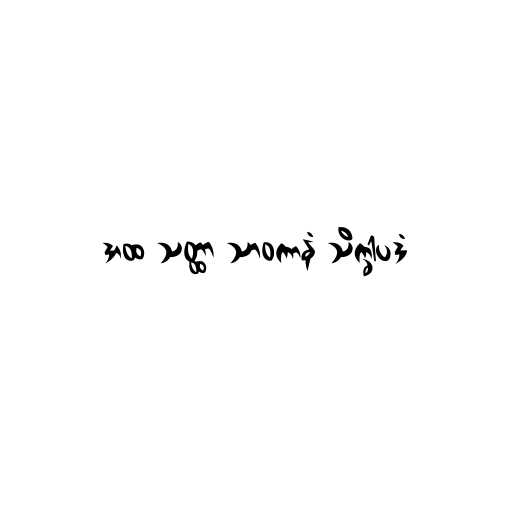
အထ သတ္ထာ သာဝကာနံ သိက္ခါပဒံ